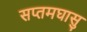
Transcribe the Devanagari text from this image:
सप्तमघासु